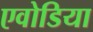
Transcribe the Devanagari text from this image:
एवोडिया